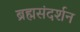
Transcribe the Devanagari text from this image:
ब्रह्मसंदर्शन